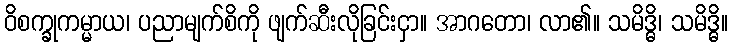
ဝိစက္ခုကမ္မာယ၊ ပညာမျက်စိကို ဖျက်ဆီးလိုခြင်းငှာ။ အာဂတော၊ လာ၏။ သမိဒ္ဓိ၊ သမိဒ္ဓိ။